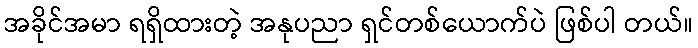
အခိုင်အမာ ရရှိထားတဲ့ အနုပညာ ရှင်တစ်ယောက်ပဲ ဖြစ်ပါ တယ်။